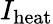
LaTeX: I_{\mathrm{heat}}